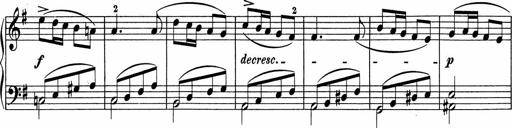
Title: 5 Sonatinen fÃ¼r die Jugend
Composer: Carl Reinecke